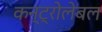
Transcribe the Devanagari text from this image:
कन्ट्रोलेबल